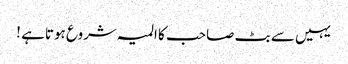
یہیں سے بٹ صاحب کا المیہ شروع ہوتاہے !